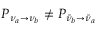
P _ { \nu _ { a } \rightarrow \nu _ { b } } \neq P _ { { \bar { \nu } } _ { b } \rightarrow { \bar { \nu } } _ { a } }